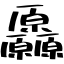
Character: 厵